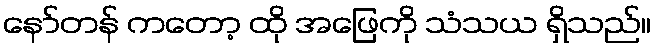
နော်တန် ကတော့ ထို အဖြေကို သံသယ ရှိသည်။